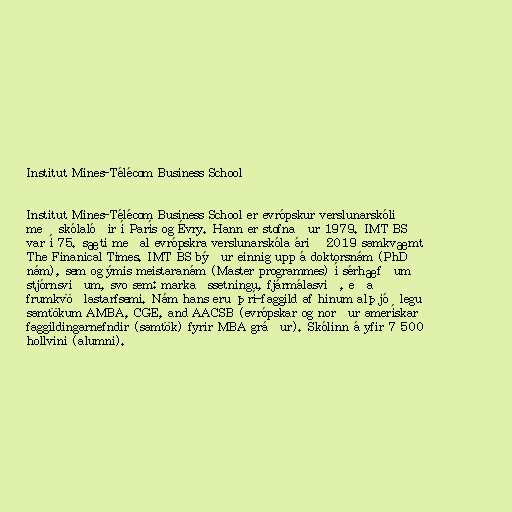
Institut Mines-Télécom Business School

Institut Mines-Télécom Business School er evrópskur verslunarskóli
með skólalóðir í París og Évry. Hann er stofnaður 1979. IMT BS
var í 75. sæti meðal evrópskra verslunarskóla árið 2019 samkvæmt
The Finanical Times. IMT BS býður einnig upp á doktorsnám (PhD
nám), sem og ýmis meistaranám (Master programmes) í sérhæfðum
stjórnsviðum, svo sem: markaðssetningu, fjármálasvið, eða
frumkvöðlastarfsemi. Nám hans eru þrí-faggild af hinum alþjóðlegu
samtökum AMBA, CGE, and AACSB (evrópskar og norður amerískar
faggildingarnefndir (samtök) fyrir MBA gráður). Skólinn á yfir 7 500
hollvini (alumni).